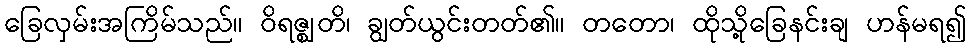
ခြေလှမ်းအကြိမ်သည်။ ဝိရဇ္ဈတိ၊ ချွတ်ယွင်းတတ်၏။ တတော၊ ထိုသို့ခြေနင်းချ ဟန်မရ၍